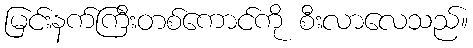
မြင်းနက်ကြီးတစ်ကောင်ကို စီးလာလေသည်။